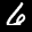
Label: 6